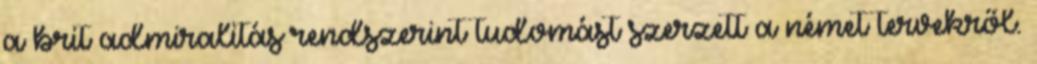
a brit admiralitás rendszerint tudomást szerzett a német tervekről.